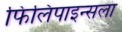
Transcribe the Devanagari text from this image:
फिलिपाइन्सला